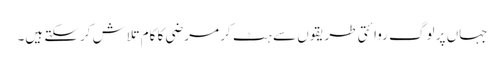
جہاں پر لوگ روائتی طریقوں سے ہٹ کر مرضی کا کام تلاش کرسکتے ہیں۔